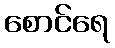
စောင်ရေ